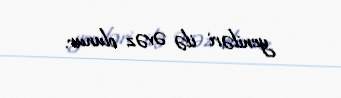
yeniləri ilə əvəz olunur.